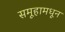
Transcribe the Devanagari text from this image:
समूहामधून